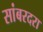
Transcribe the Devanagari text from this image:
सांबरदरा